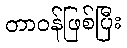
တာဝန်ဖြစ်ပြီး